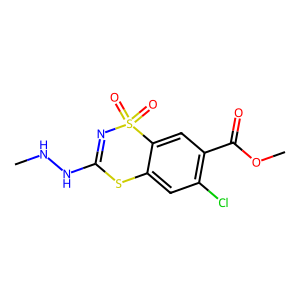
SMILES: CNNC1=NS(=O)(=O)c2cc(C(=O)OC)c(Cl)cc2S1
Inhibits HIV replication: No